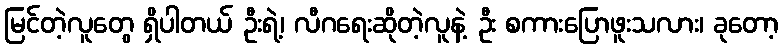
မြင်တဲ့လူတွေ ရှိပါတယ် ဦးရဲ့၊ လီဂရေးဆိုတဲ့လူနဲ့ ဦး စကားပြောဖူးသလား၊ ခုတော့